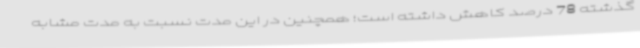
گذشته 78 درصد کاهش داشته است؛ همچنین در این مدت نسبت به مدت مشابه